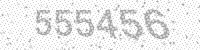
Solution: 555456